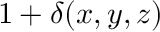
1 + \delta ( x , y , z )